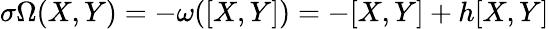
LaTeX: \sigma\Omega(X,Y)=-\omega([X,Y])=-[X,Y]+h[X,Y]